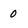
Character: 0